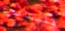
فليساعدنا